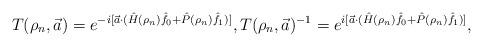
LaTeX: \begin{align*}T(\rho_n, \vec{a}) &= e^{-i[\vec{a} \cdot (\hat{H}(\rho_n)\hat{f}_0 + \hat{P}(\rho_n)\hat{f}_1)]} , T(\rho_n, \vec{a})^{-1} = e^{i[\vec{a} \cdot (\hat{H}(\rho_n)\hat{f}_0 + \hat{P}(\rho_n)\hat{f}_1)]} ,\end{align*}